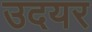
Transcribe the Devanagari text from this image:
उदयर